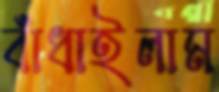
বাঁধাইলাম